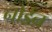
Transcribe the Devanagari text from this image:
नोर्डन